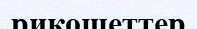
рикошеттер